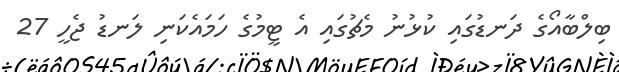
ބިލްބާއޯގެ ދަނޑުގައި ކުޅުނު މެޗުގައި އެ ޓީމުގެ ހަމައެކަނި ލަނޑު ޖެހީ 27